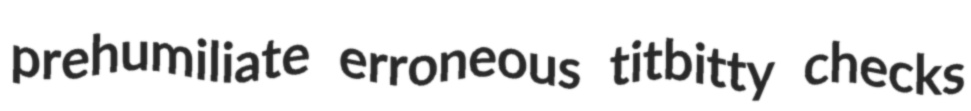
prehumiliate erroneous titbitty checks